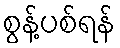
စွန့်ပစ်ရန်